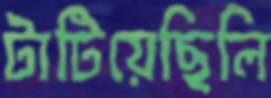
টাটিয়েছিলি